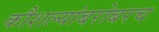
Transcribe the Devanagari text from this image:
कौशल्यांबरोबरच